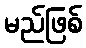
မည်ဖြစ်